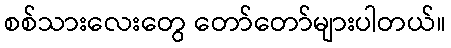
စစ်သားလေးတွေ တော်တော်များပါတယ်။